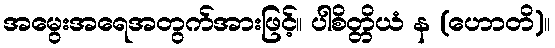
အမွေးအရေအတွက်အားဖြင့်။ ပါစိတ္တိယံ န (ဟောတိ)။